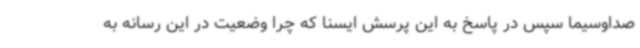
صداوسیما سپس در پاسخ به این پرسش ایسنا که چرا وضعیت در این رسانه به